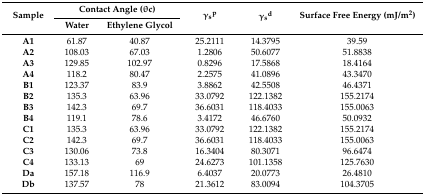
| <ROWSPAN=2> Sample | <COLSPAN=2> Contact Angle (θc) | <ROWSPAN=2> γsp | <ROWSPAN=2> γsd | <ROWSPAN=2> Surface Free Energy (mJ/m2) |
 | Water | Ethylene Glycol |
 | --- | --- | --- | --- | --- | --- |
 | A1 | 61.87 | 40.87 | 25.2111 | 14.3795 | 39.59 |
 | A2 | 108.03 | 67.03 | 1.2806 | 50.6077 | 51.8838 |
 | A3 | 129.85 | 102.97 | 0.8296 | 17.5868 | 18.4164 |
 | A4 | 118.2 | 80.47 | 2.2575 | 41.0896 | 43.3470 |
 | B1 | 123.37 | 83.9 | 3.8862 | 42.5508 | 46.4371 |
 | B2 | 135.3 | 63.96 | 33.0792 | 122.1382 | 155.2174 |
 | B3 | 142.3 | 69.7 | 36.6031 | 118.4033 | 155.0063 |
 | B4 | 119.1 | 78.6 | 3.4172 | 46.6760 | 50.0932 |
 | C1 | 135.3 | 63.96 | 33.0792 | 122.1382 | 155.2174 |
 | C2 | 142.3 | 69.7 | 36.6031 | 118.4033 | 155.0063 |
 | C3 | 130.06 | 73.8 | 16.3404 | 80.3071 | 96.6474 |
 | C4 | 133.13 | 69 | 24.6273 | 101.1358 | 125.7630 |
 | Da | 157.18 | 116.9 | 6.4037 | 20.0773 | 26.4810 |
 | Db | 137.57 | 78 | 21.3612 | 83.0094 | 104.3705 |